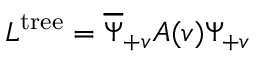
{ \cal L } ^ { \mathrm { t r e e } } = \overline { { { \Psi } } } _ { + v } A ( v ) \Psi _ { + v }